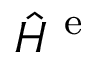
\hat { H } ^ { \mathrm { ~ e ~ } }